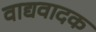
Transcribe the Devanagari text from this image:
वाद्यवादक